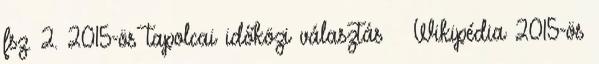
fsz. 2. 2015-ös tapolcai időközi választás – Wikipédia 2015-ös